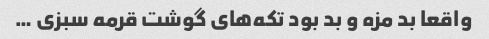
واقعا بد مزه و بد بود تکه‌های گوشت قرمه سبزی …